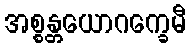
အစ္စန္တယောဂက္ခေမီ